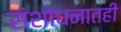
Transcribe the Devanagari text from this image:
संशोधनातही